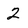
Character: 2